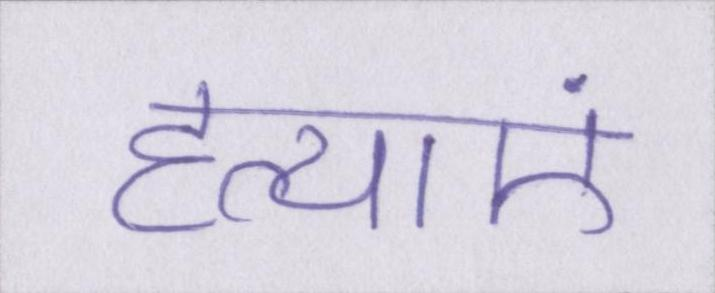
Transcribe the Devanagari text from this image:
हत्याएं